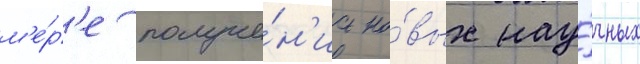
м'е́р'е получе́н'иа но́вых нау́чных